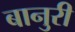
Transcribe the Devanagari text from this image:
बानुरी